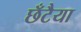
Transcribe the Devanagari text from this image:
छँटैया